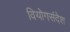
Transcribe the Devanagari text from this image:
वियोगसंदेश